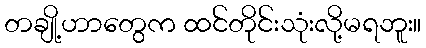
တချို့ဟာတွေက ထင်တိုင်းသုံးလို့မရဘူး။